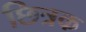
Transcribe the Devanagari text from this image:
छित्रक